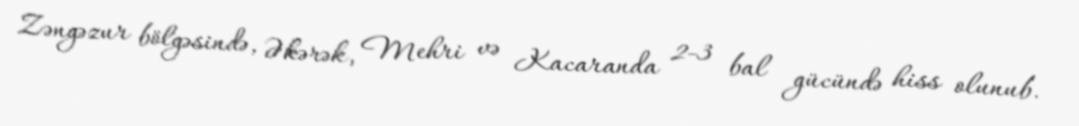
Zəngəzur bölgəsində, Əkərək, Mehri və Kacaranda 2-3 bal gücündə hiss olunub.